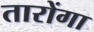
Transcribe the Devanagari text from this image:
तारोंगा